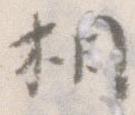
相